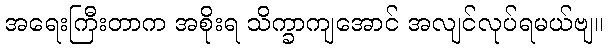
အရေးကြီးတာက အစိုးရ သိက္ခာကျအောင် အလျင်လုပ်ရမယ်ဗျ။